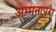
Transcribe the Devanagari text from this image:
अम्मनापुरा